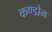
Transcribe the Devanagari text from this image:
कण्डोम